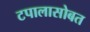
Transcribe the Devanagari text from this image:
टपालासोबत